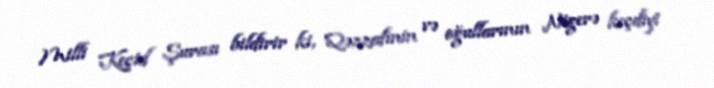
Milli Keçid Şurası bildirir ki, Qəzzafinin və oğullarının Nigerə keçdiyi